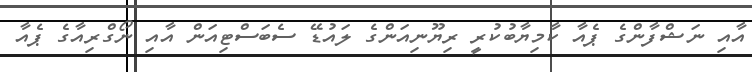
އާއި ނަޝްފާންގެ ޕެއާ ކާމިޔާބުކުރީ ރިޔޫނިއަންގެ ލައުޑޭ ސެބަސްޓިއަން އާއި ނޯގްރިއާގެ ޕެއާ